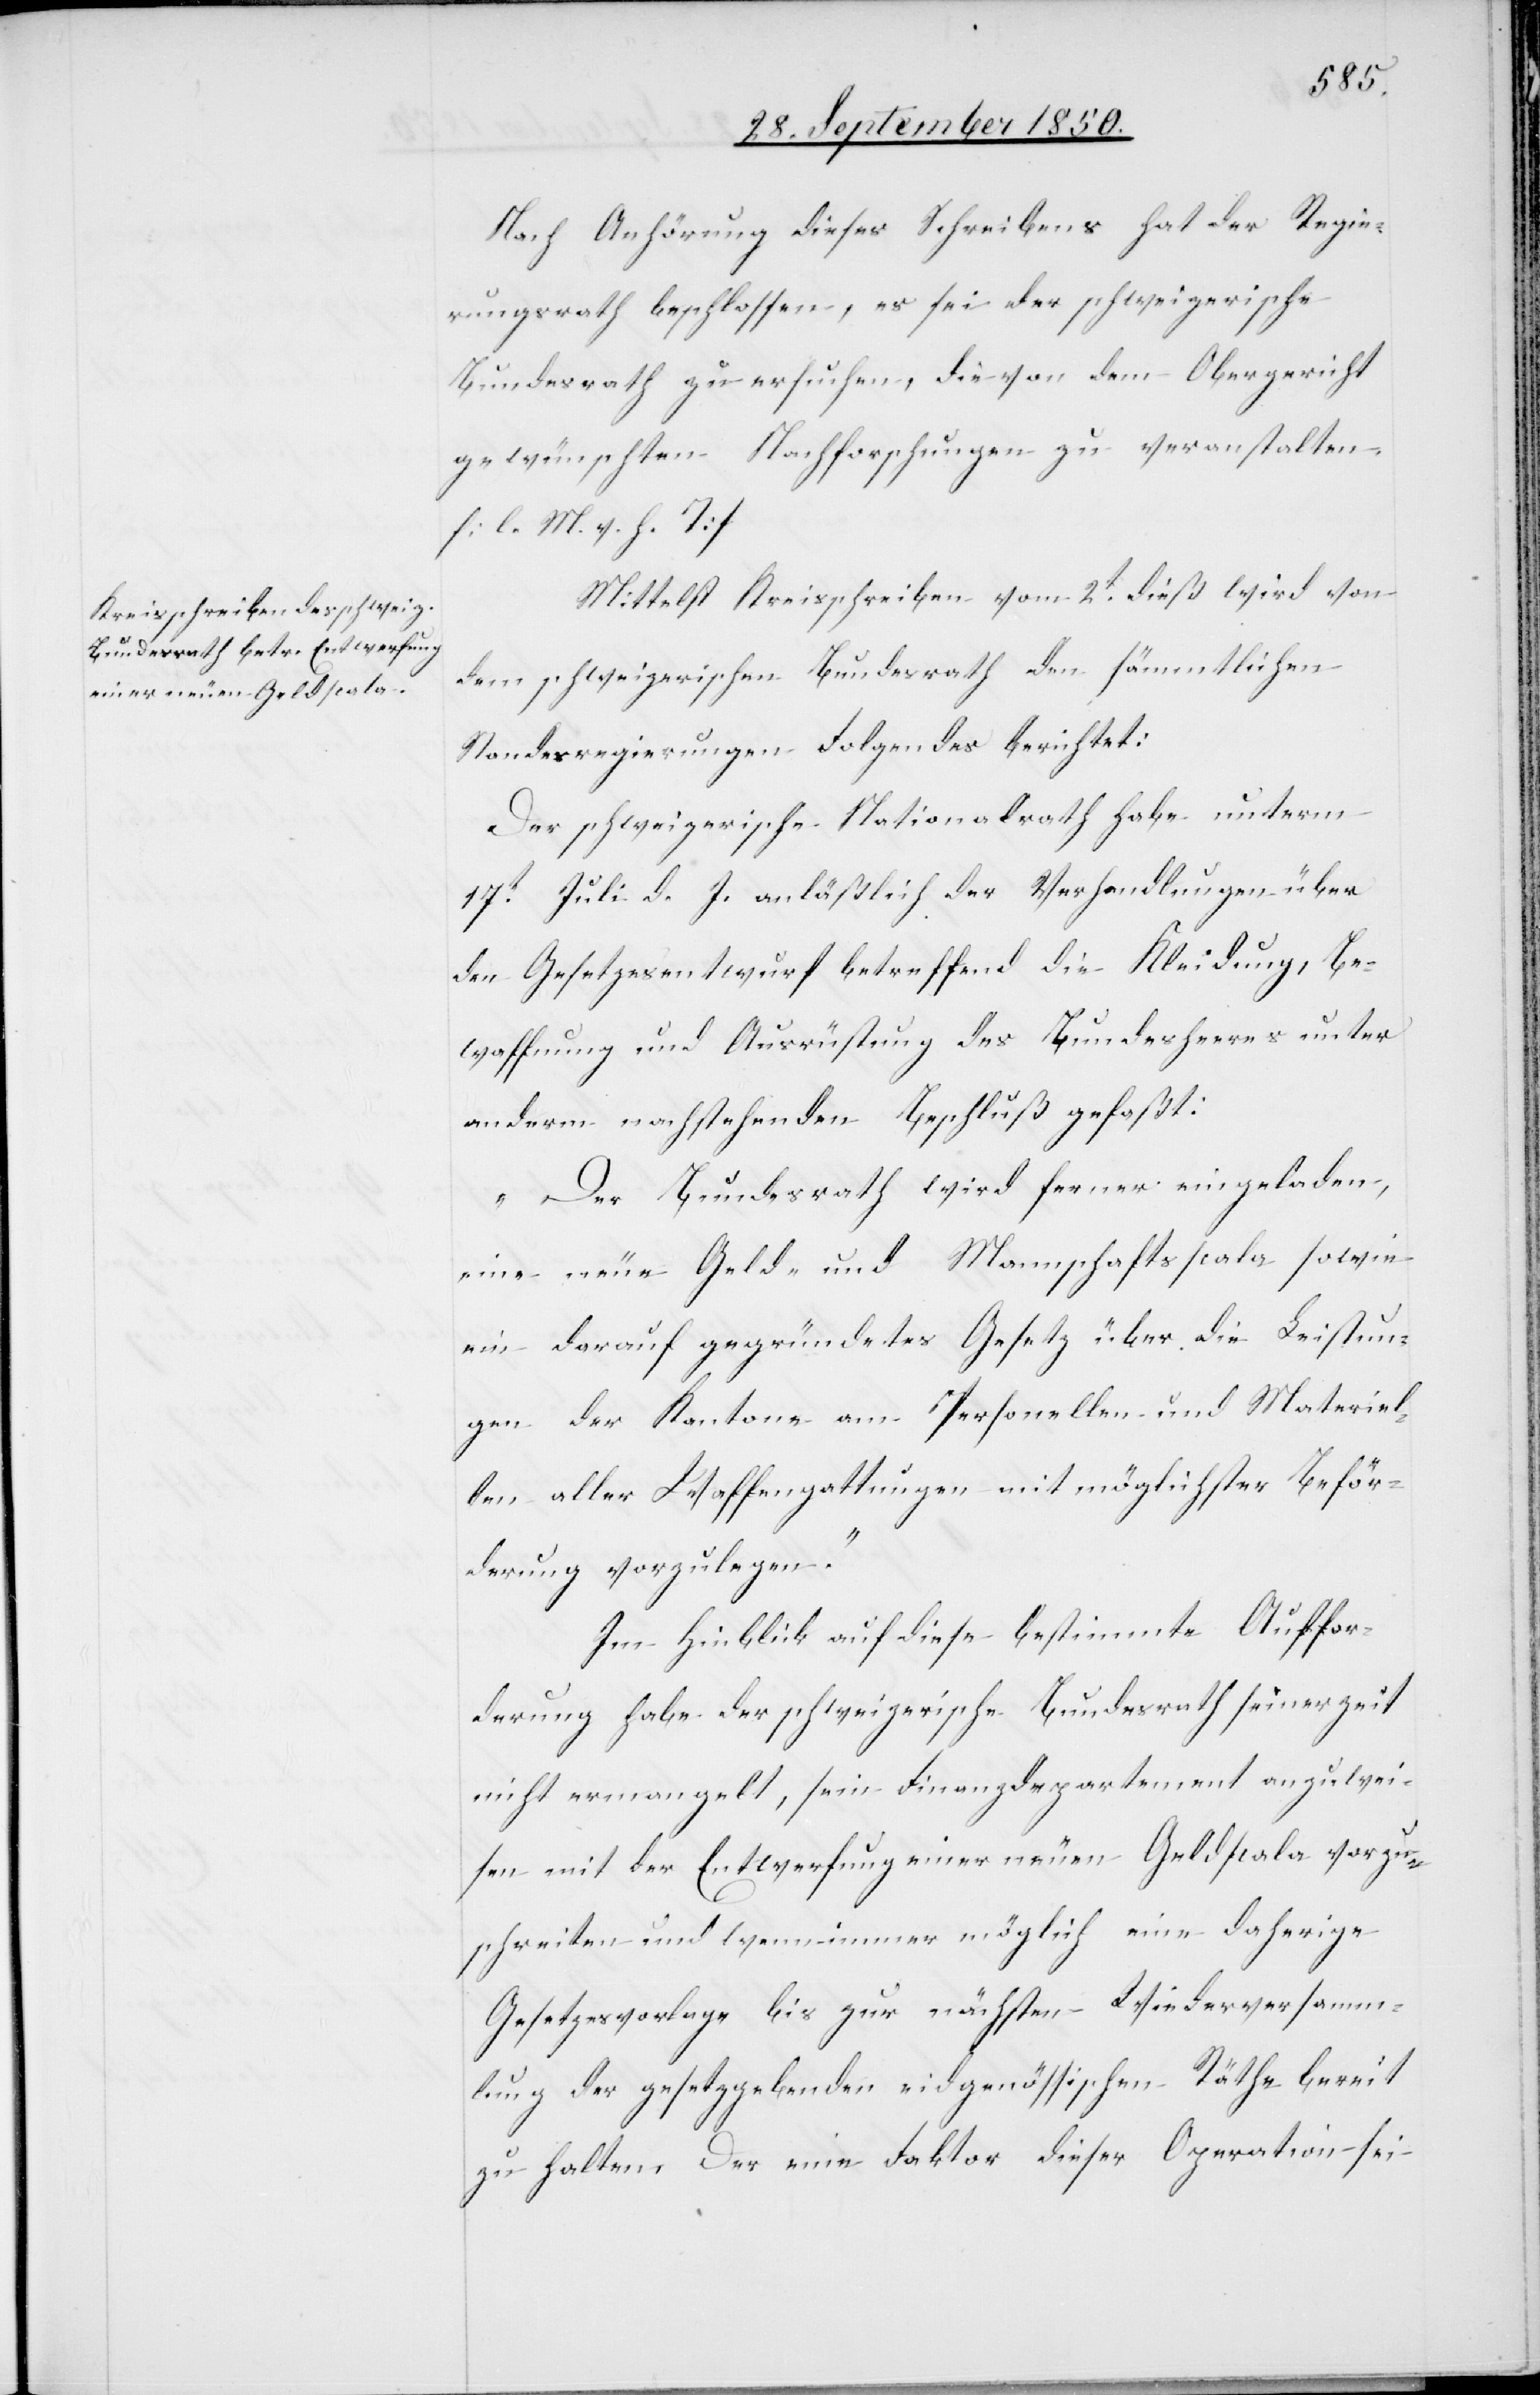
Nach Anhörung dieses Schreibens hat der Regie¬
rungsrath beschlossen, es sei der schweizerische
Bundesrath zu ersuchen, die von dem Obergericht
gewünschten Nachforschungen zu veranstalten.
[l. M. v. h. T]
Mittelst Kreisschreiben vom 2t dieß wird von
dem schweizerischen Bundesrath den sämmtlichen
Standesregierungen Folgendes berichtet:
Der schweizerische Nationalrath habe unterm
17t Juli d. J. anläßlich der Verhandlungen über
den Gesetzesentwurf betreffend die Kleidung, Be¬
waffnung und Ausrüstung des Bundesheeres unter
anderm nachstehenden Beschluß gefaßt:
„Der Bundesrath wird ferner eingeladen,
eine neue Geld- und Mannschaftsscala sowie
ein darauf gegründetes Gesetz über die Leistun¬
gen der Kantone am Personellen und Materiel¬
len aller Waffengattungen mit möglichster Beför¬
derung vorzulegen.“
Im Hinblick auf diese bestimmte Auffor¬
derung habe der schweizerische Bundesrath seinerzeit
nicht ermangelt, sein Finanzdepartement anzuwei¬
sen mit der Entwerfung einer neuen Geldscala vorzu¬
schreiten und wenn immer möglich eine daherige
Gesetzesvorlage bis zur nächsten Wiederversamm¬
lung der gesetzgebenden eidgenössischen Räthe bereit
zu halten. Der eine Faktor dieser Operation sei